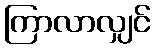
ကြာလာလျှင်